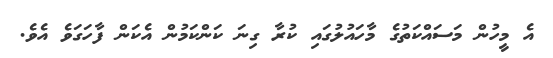
އެ މީހުން މަސައްކަތުގެ މާހައުލުގައި ކުރާ ގިނަ ކަންކަމުން އެކަން ފާހަގަވެ އެވެ.